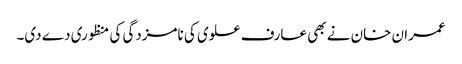
عمران خان نے بھی عارف علوی کی نامزدگی کی منظوری دے دی۔